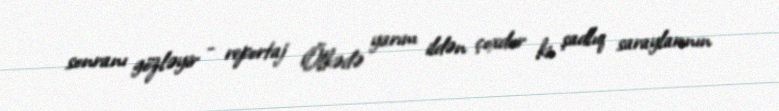
sonranı gözləyir - reportaj Ölkədə yarım ildən çoxdur ki, şadlıq saraylarının